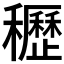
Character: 𥤀